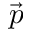
\vec { p }